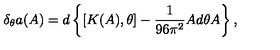
\delta _ { \theta } a ( A ) = d \left\{ [ K ( A ) , \theta ] - \frac { 1 } { 9 6 \pi ^ { 2 } } A d \theta A \right\} ,